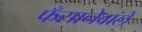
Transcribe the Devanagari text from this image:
फँसानेवाले